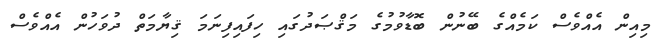
މިއިން އެއްވެސް ކަމެއްގެ ބޭނުން ބޮޑާވުމުގެ މަޤްޞަދުގައި ހިފައިފިނަމަ ޤިޔާމަތް ދުވަހުން އެއްވެސް